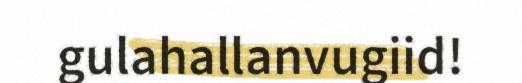
gulahallanvugiid!